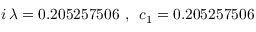
i \, \lambda = 0 . 2 0 5 2 5 7 5 0 6 \, \, , \, \, \, c _ { 1 } = 0 . 2 0 5 2 5 7 5 0 6